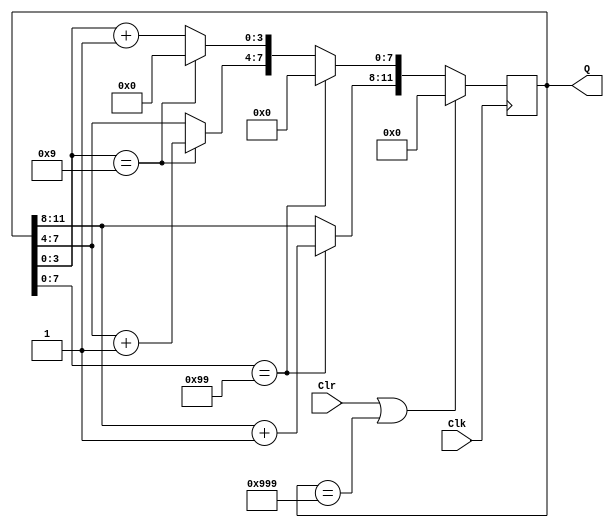
// Ch10 BCD999_1.v
//  0 ~ 999 p

module BCD999_1 (Clk,Clr,Q);
input  Clk,Clr;		// @J
output [11:0] Q;	// QGX
reg    [11:0] Q;	// is

// p
always@(posedge Clk)
  if (Clr || Q == 12'h999)	//  999 	
    Q = 0;			// ks
  else
    if (Q[7:0] == 8'h99)	// 99,199...899
      begin
        Q[11:8] = Q[11:8]+1;	// [@
        Q[7:0]=0;		// QPks
      end
    else
      if (Q[3:0] == 4'h9)	// 9,19...89
        begin
          Q[7:4] = Q[7:4]+1;	// Q[@
          Q[3:0]=0;		// ks
        end
      else
        Q[3:0] = Q[3:0]+1;	// [@

endmodule